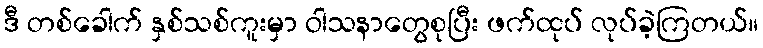
ဒီ တစ်ခေါက် နှစ်သစ်ကူးမှာ ဝါသနာတွေစုပြီး ဖက်ထုပ် လုပ်ခဲ့ကြတယ်။